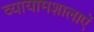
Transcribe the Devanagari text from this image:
व्यायामशालाऍ